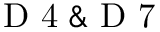
\mathrm { ~ D ~ 4 ~ } \& \mathrm { ~ D ~ 7 ~ }